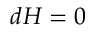
d H = 0